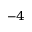
^ { - 4 }